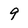
Character: 9